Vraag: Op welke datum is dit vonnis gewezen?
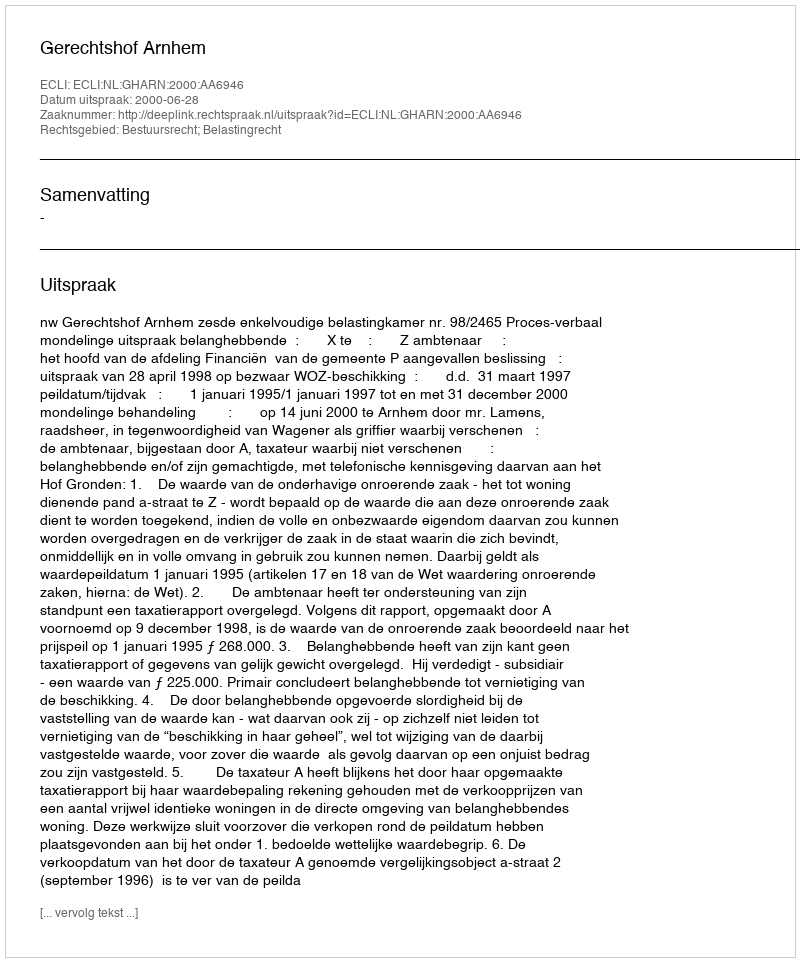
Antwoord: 2000-06-28